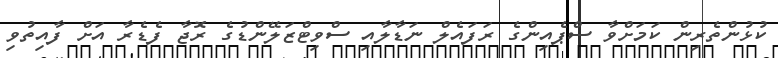
ކުޅުންތެރިން ކަމަށްވާ ސްޕެއިންގެ ރަފައެލް ނަޑާލާއި ސްވިޓްޒަލޭންޑުގެ ރޮޖާ ފެޑެރާ އަށް ފާއިތުވި